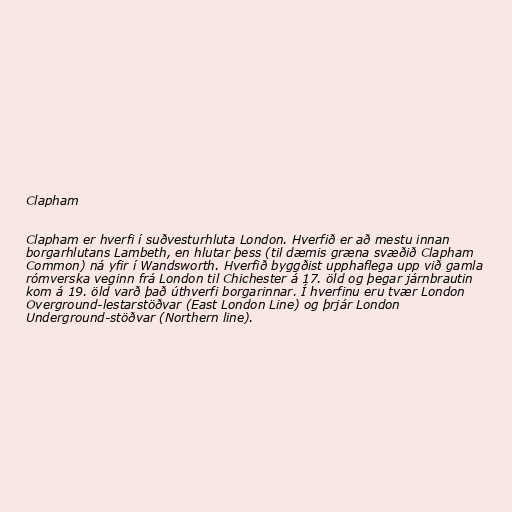
Clapham

Clapham er hverfi í suðvesturhluta London. Hverfið er að mestu innan
borgarhlutans Lambeth, en hlutar þess (til dæmis græna svæðið Clapham
Common) ná yfir í Wandsworth. Hverfið byggðist upphaflega upp við gamla
rómverska veginn frá London til Chichester á 17. öld og þegar járnbrautin
kom á 19. öld varð það úthverfi borgarinnar. Í hverfinu eru tvær London
Overground-lestarstöðvar (East London Line) og þrjár London
Underground-stöðvar (Northern line).